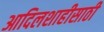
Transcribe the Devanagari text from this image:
आदिलशाहीसाठी